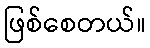
ဖြစ်စေတယ်။